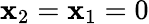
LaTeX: \mathbf{x}_{2}=\mathbf{x}_{1}=0